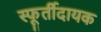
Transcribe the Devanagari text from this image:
स्फूर्तीदायक